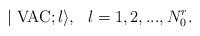
LaTeX: \begin{align*}\mid \mbox{VAC};l\rangle ,\,\,\,\,l=1,2,...,N_0^r.\end{align*}